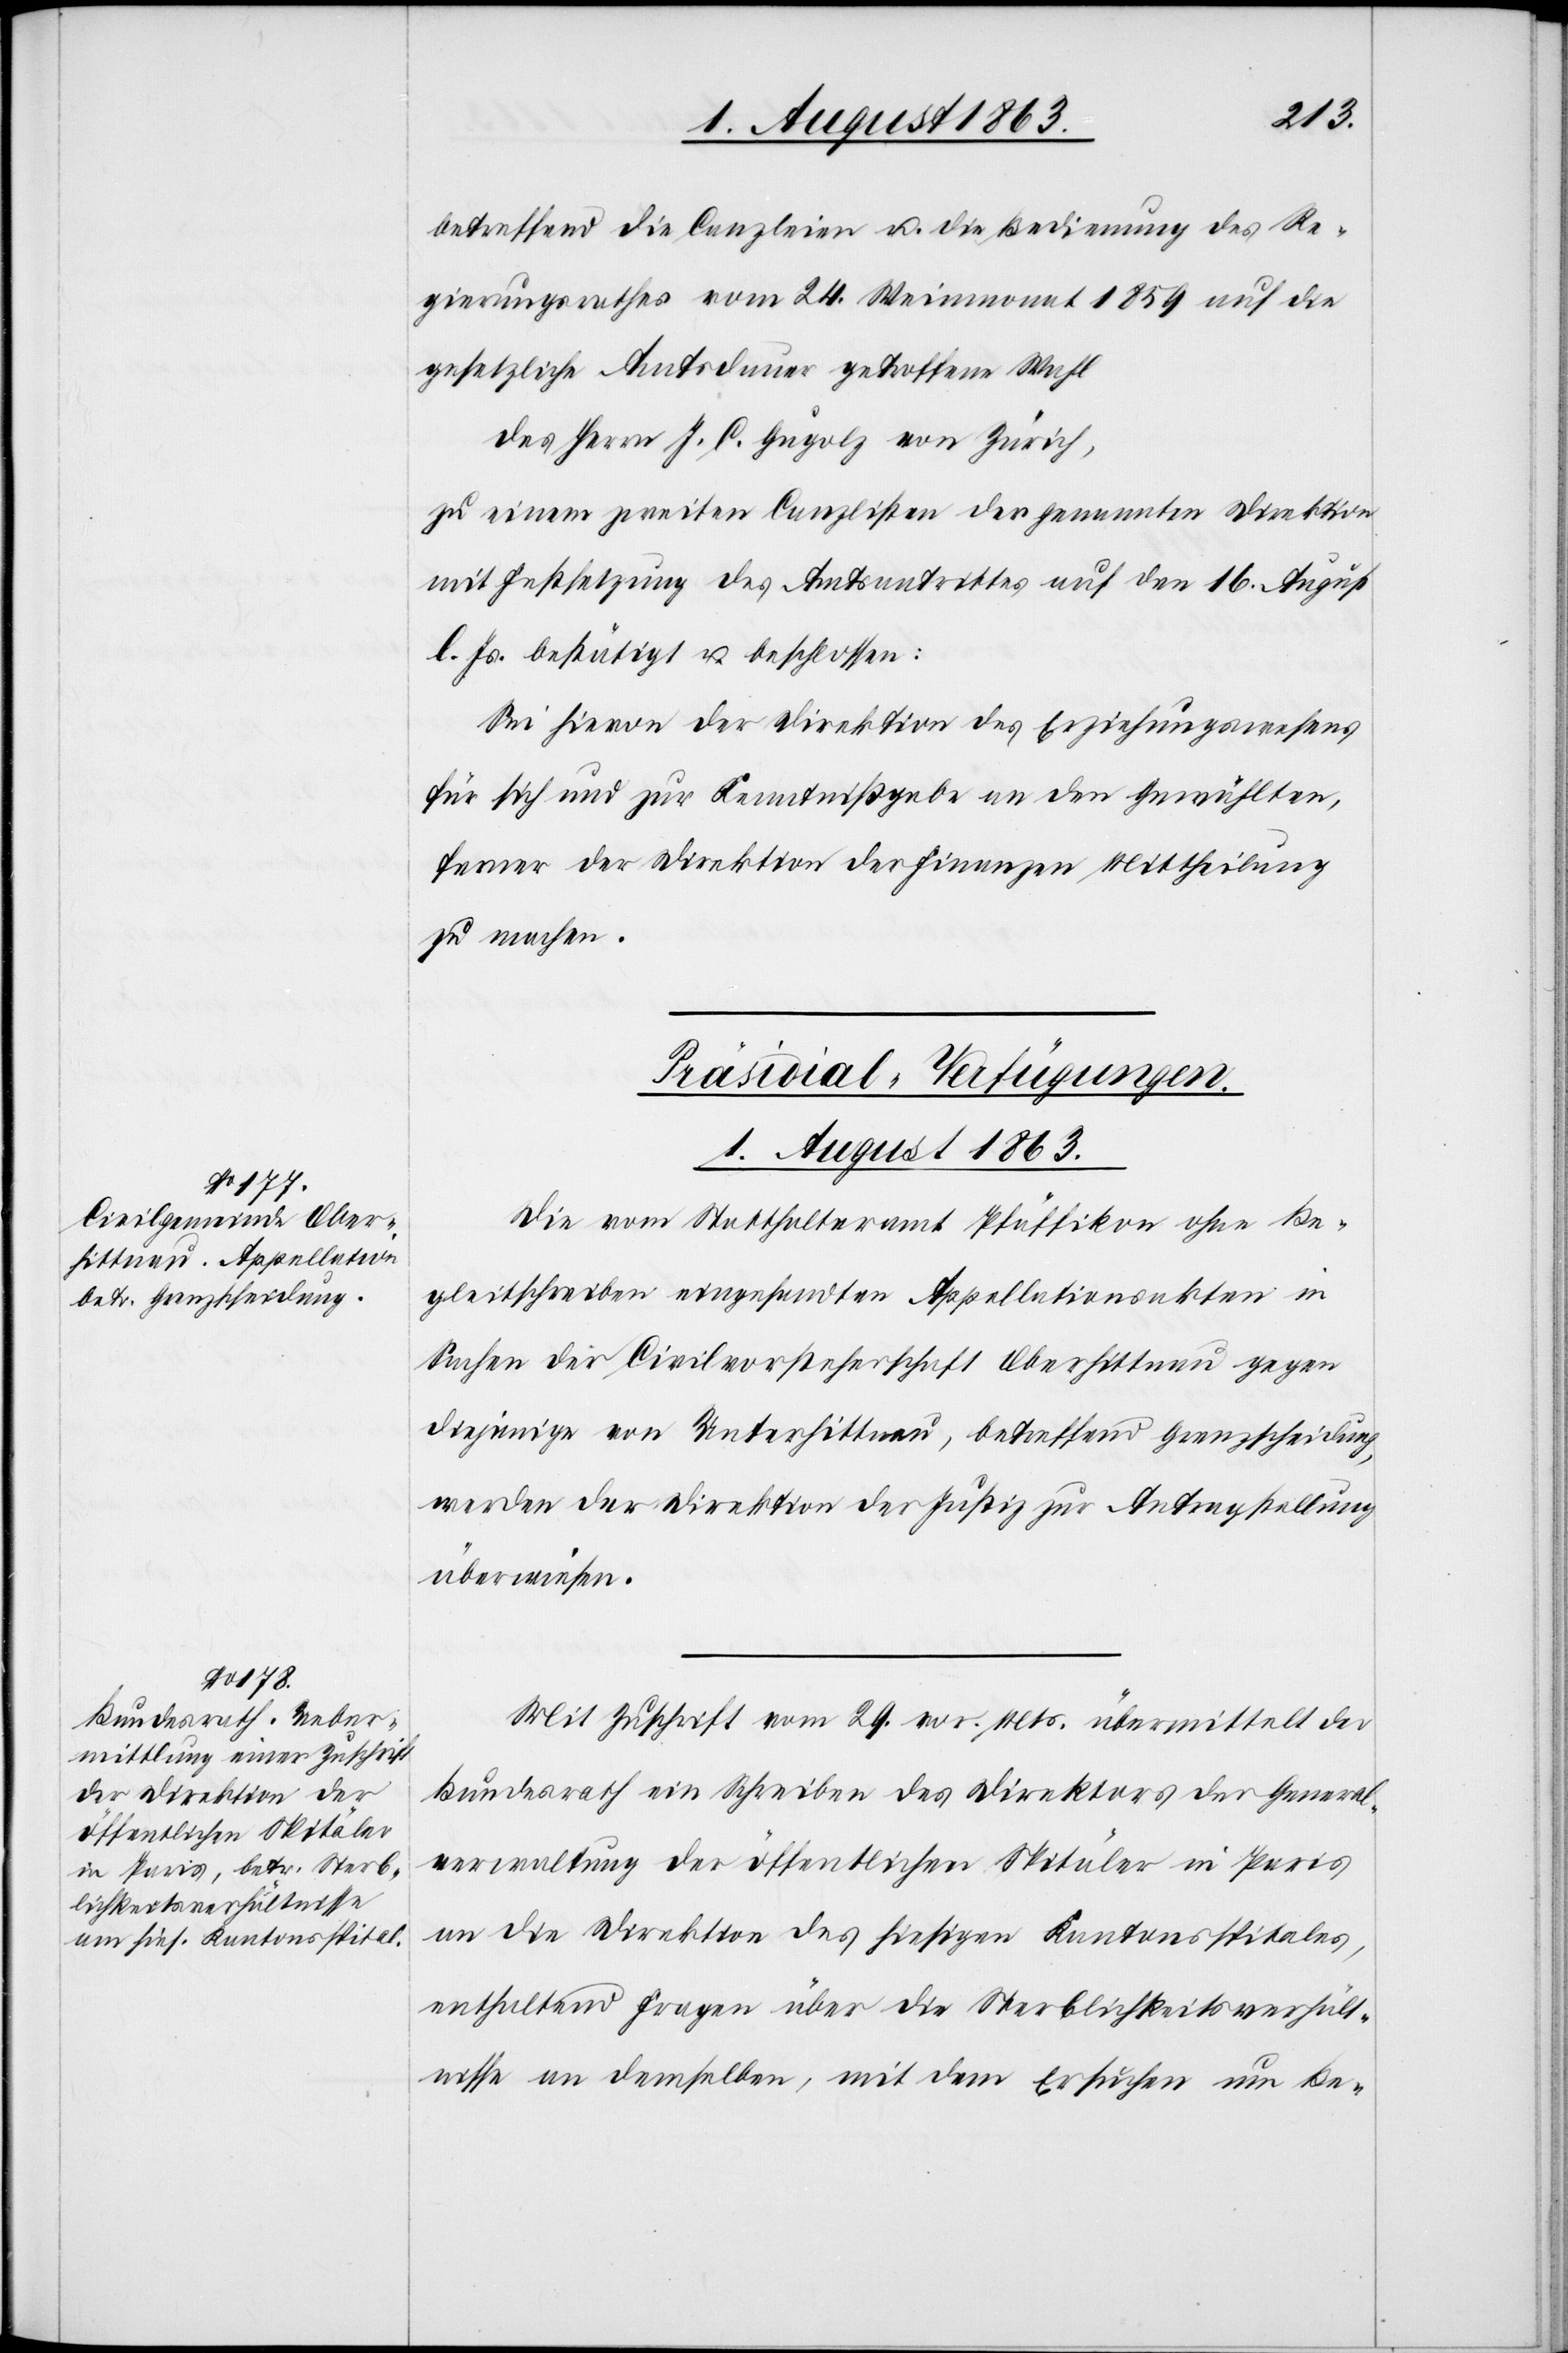
1. August 1863.]
betreffend die Canzleien u. die Bedienung des Re¬
gierungsrathes vom 24. Weinmonat 1859 auf die
gesetzliche Amtsdauer getroffene Wahl
des Herrn J. C. Gugolz von Zürich,
zu einem zweiten Canzlisten der genannten Direktion
mit Festsetzung des Amtsantrittes auf den 16. August
l. Js. bestätigt u. beschlossen:
Sei hievon der Direktion des Erziehungswesens
für sich und zur Kenntnißgabe an den Gewählten,
ferner der Direktion der Finanzen Mittheilung
zu machen.
[Präsidial-Verfügungen.
1. August 1863.
Die vom Statthalteramt Pfäffikon ohne Be¬
gleitschreiben eingesandten Appellationsakten in
Sachen der Civilvorsteherschaft Oberhittnau gegen
diejenige von Unterhittnau, betreffend Grenzscheidung,
werden der Direktion der Justiz zur Antragstellung
überwiesen.
Mit Zuschrift vom 29. vor. Mts. übermittelt der
Bundesrath ein Schreiben des Direktors der General¬
verwaltung der öffentlichen Spitäler in Paris
an die Direktion des hiesigen Kantonsspitales,
enthaltend Fragen über die Sterblichkeitsverhält¬
nisse an demselben, mit dem Ersuchen um Be-